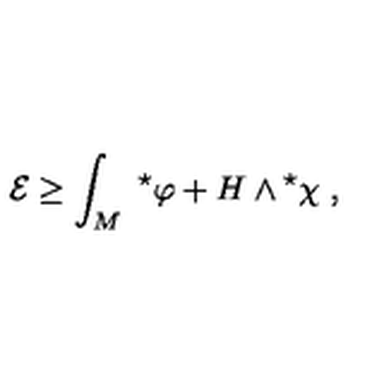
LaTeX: { \cal E } \ge \int _ { M } \ { } ^ { \star } \varphi + H \wedge { } ^ { \star } \chi \ ,